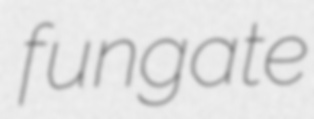
fungate